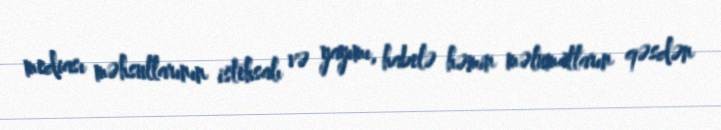
mediası məhsullarının istehsalı və yayımı, habelə həmin məlumatların qəsdən